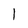
Character: 1